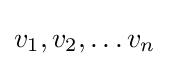
v_{1},v_{2},\ldots v_{n}